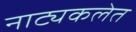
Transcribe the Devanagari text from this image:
नाट्यकलेत